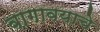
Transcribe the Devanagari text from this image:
वागावयाचे